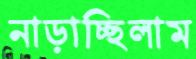
নাড়াচ্ছিলাম